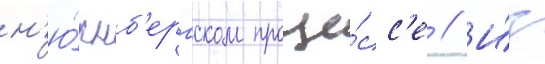
н'ю́рнб'ергском проце́сс'е // И́з